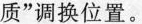
质”调换位置。